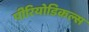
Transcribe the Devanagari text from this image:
पीरियोडिकल्स